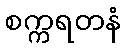
စက္ကရတနံ